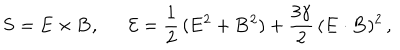
LaTeX: { \bf S } = { \bf E } \times { \bf B } , \, \ \ \, \ \ \, { \cal { E } } = \frac { 1 } { 2 } \, ( { \bf E } ^ { 2 } + { \bf B } ^ { 2 } ) + \frac { 3 \gamma } { 2 } \, ( { \bf E } \cdot { \bf B } ) ^ { 2 } \, ,